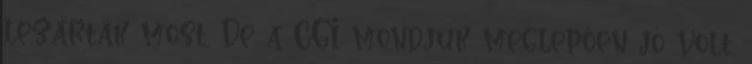
lezárták most. De a CGI mondjuk meglepően jó volt,